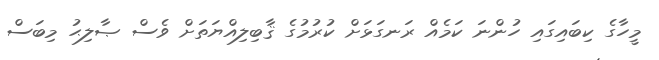
މީހާގެ ކިބައިގައި ހުންނަ ކަމެއް ރަނގަޅަށް ކުރުމުގެ ޤާބިލިއްޔަތަށް ވެސް ޞާލިޙު މިބަސް